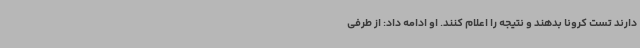
دارند تست کرونا بدهند و نتیجه را اعلام کنند. او ادامه داد: از طرفی